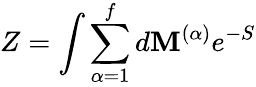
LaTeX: Z=\int\sum_{\alpha=1}^{f}d\mathbf{M}^{(\alpha)}e^{-S}